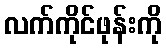
လက်ကိုင်ဖုန်းကို